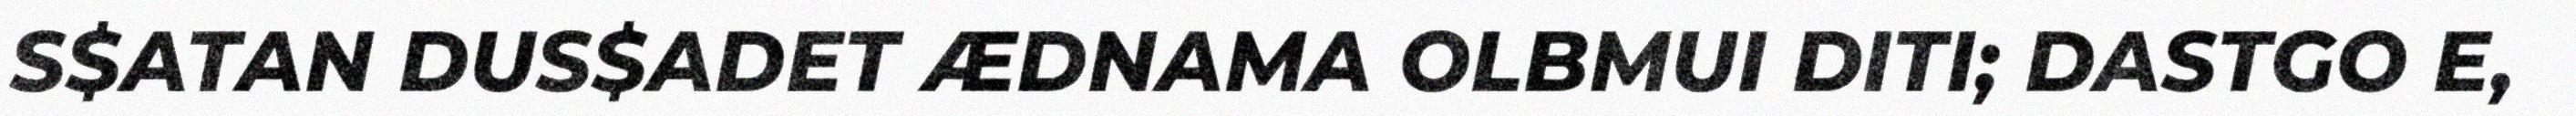
S$ATAN DUS$ADET ÆDNAMA OLBMUI DITI; DASTGO E,